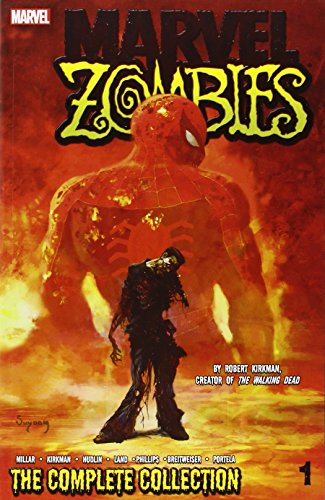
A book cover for Marvel Zombies: The Complete Collection Volume 1; Mark Millar; Comics & Graphic Novels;